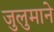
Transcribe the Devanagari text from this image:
जुलुमाने